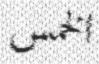
الخمس